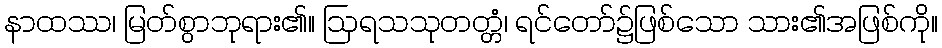
နာထဿ၊ မြတ်စွာဘုရား၏။ ဩရသသုတတ္တံ၊ ရင်တော်၌ဖြစ်သော သား၏အဖြစ်ကို။